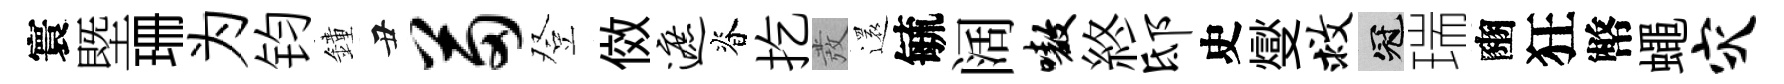
寰塈珊为钧鐘丑苗登傚遮脊扢發還毓阔嗷終邸史燮救冠瑞豳狂幣蠅灾